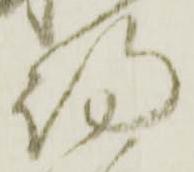
期